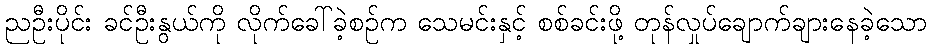
ညဦးပိုင်း ခင်ဦးနွယ်ကို လိုက်ခေါ်ခဲ့စဉ်က သေမင်းနှင့် စစ်ခင်းဖို့ တုန်လှုပ်ချောက်ချားနေခဲ့သော